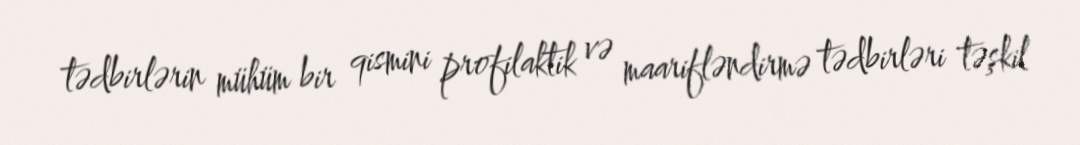
tədbirlərin mühüm bir qismini profilaktik və maarifləndirmə tədbirləri təşkil